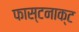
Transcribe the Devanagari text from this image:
फास्टनाक्ट